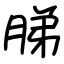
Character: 䏲